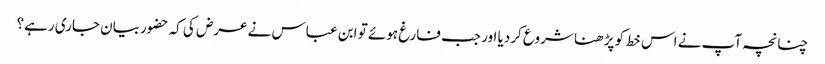
چنانچہ آپ نے اس خط کو پڑھنا شروع کردیا اور جب فارغ ہوئے تو ابن عباس نے عرض کی کہ حضوربیان جاری رہے؟